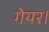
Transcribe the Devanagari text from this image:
गेयर।